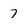
Character: 7